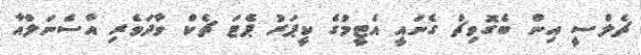
ޗެލްސީ އިން ބެގޮވިޗް ގެނައީ އެޓީމުގެ ކީޕަރު ޕެޓަ ޗެކް ވާދަވެރި އާސެނަލްއާ